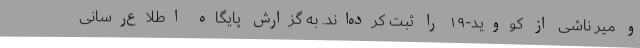
و میر ناشی از کووید-۱۹ را ثبت کرده‌اند. به گزارش پایگاه اطلاع‌رسانی